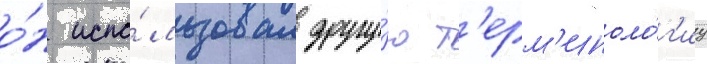
о́н испо́льзовал другу́ю т'ерм'иноло́г'иу